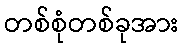
တစ်စုံတစ်ခုအား